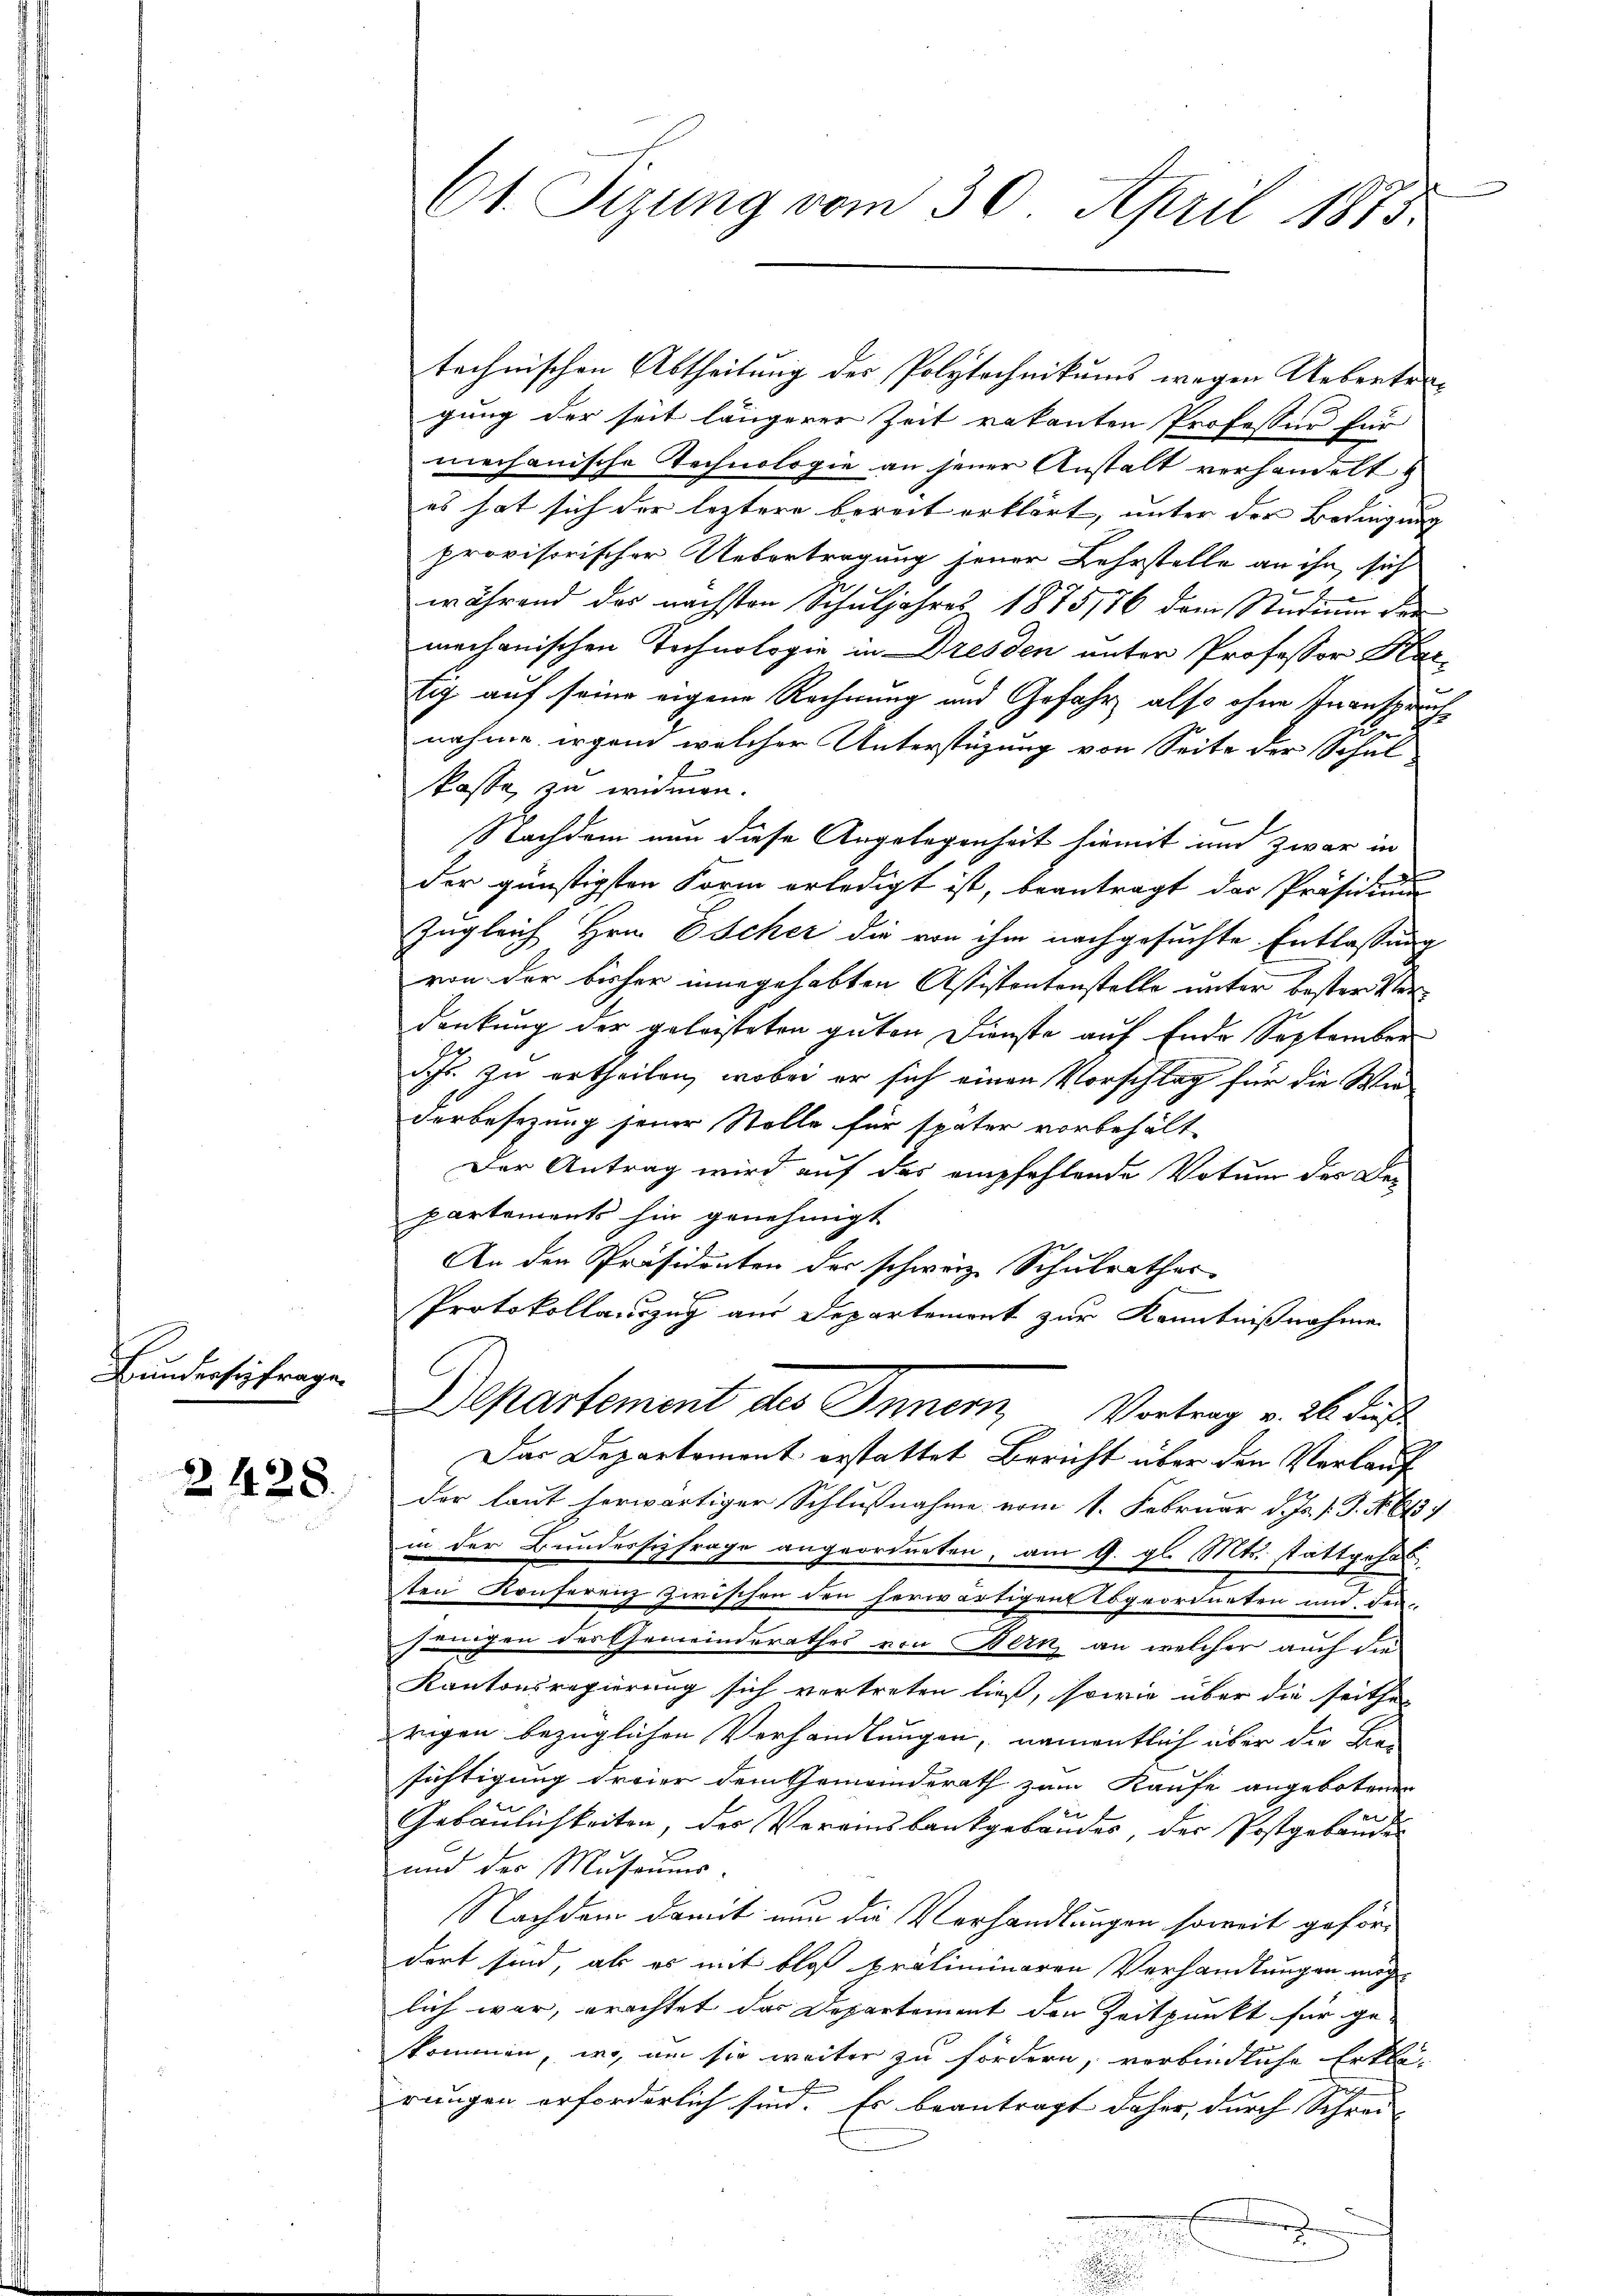
Bundessenfrage.

2428.

61. Sizung vom 30. April 1875.

technischen Abtheilung der Polytechnikums wegen Uebertregung der seit längerer Zeit vakanten Professor für
mechanische Technologie an jener Anstalt verhandelt
es hat sich der leztere bereit erklärt, unter der Bedingung |
provisorischer Uebertragung jener Lehrstelle an ihn sich
2
während das nächsten Schuljahres 1875186 dem Studium der
mechanischen Technologie in Dresden unter Professor Har
tig auf seine eigene Rechnung und Gefahr also ohne Inansprachnahme irgend welcher Unterstüzung von Seite der Schul
E
kasse zu wimmen.
Nachdem nun diese Angelegenheit hiemit und zwar in
der günstigsten Form erledigt ist, beantragt der Präsidium
Zugleich Hrn. Escher die von ihm nachgesuchte Entlassung
von der bisher innegehabten Assistantenstelle unter bestersten
dankung der geleisteten guten Dienste auf Ende September
Sch. zu ertheilen, wobei er sich einen Vorschlag für die Wiederbesezung seiner Stolle für später vorbehält-
Der Antrag wird auf des empfehlende Votum des De-
partements hin genehmigt
An den Präsidenten der schwärze Schulrathes
Protokollauszug aus Departemont zur Kenntnißnahme
Departement des Innern, Vortrag v. 26. Just
Das Departement erstattet Bericht über den Verlaufder laut herwärtiger Schlußnahme vom 1. Februar d. Js. f. J. R. 613)
in der Bundersizfrage angeordneten, am 9. gl. Mts. stattgehalten Konferenz zwischen den herwärtigen Abgeordneten und den
jenigen der Gemeinderathes von Bern, an welcher auch die
Kantonsregierung sich vortreten ließ, sowie über die seithe
rigen bezüglichen Verhandlungen, namentlich über die Ber
sichtigung dreier dem Gemeinderath zum Kaufe angebotenen
E
Gebäulichkeiten, der Vereinsbankgebäudes der Postgebäude
und der Museums.
Nachdem damit nun die Verhandlungen soweit gefördert sind, als es mit bloß präliminaren Verhandlungen mög-
lich war, erachtet das Departement den Zeitpunkt für geskommen, wo, um sie weiter zu fördern, verbindliche Erklärungen erforderlich sind. Es beantragt daher, durch Schrei-
e
.